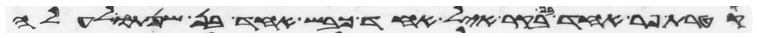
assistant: קטרת פר אחד בן בקר איל אחד כבש אחד בן שנתו לעלה